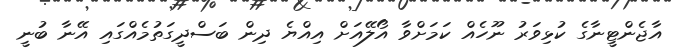
އާޖެންޓީނާގެ ކުޅިވަރު ނޫހެއް ކަމަށްވާ އޯލޭއަށް އިއްޔެ ދިން ބަސްދީގަތުމެއްގައި އޭނާ ބުނީ